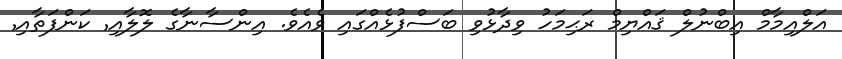
އަލްއިމާމް އިބްނުލް ޤައްޔިމް ރަޙިމަހު ވިދާޅުވި ބަސްފުޅެއްގައި ވެއެވެ. އިންސާނާގެ ލޮލާއި